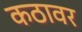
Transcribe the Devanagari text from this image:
कठावर